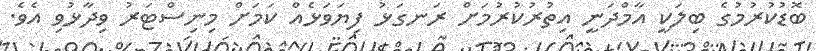
ބޮޑުކުރުމުގެ ބިލަކީ އާމްދަނީ އިތުރުކުރުމަށް ރަނގަޅު ފިޔަވަޅެއް ކަމަށް މިނިސްޓަރު ވިދާޅުވި އެވެ.